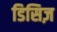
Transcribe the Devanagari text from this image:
डिसिज़